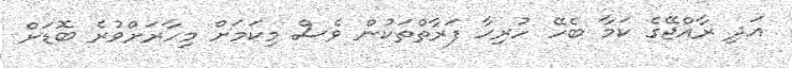
އަދި ރާއްޖޭގެ ކަމާ ބެހޭ ހުރިހާ ފަރާތްތަކުން ވެސް މިކަމަށް މިހާރަށްވުރެ ބޮޑަށް